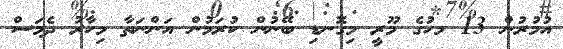
އުމުރުން 13 މހުގެ މޫރީ މިގޮނޑި ބޭނުން ކުރަމުން އަންނަތާ މިހާރު ދެމަސް